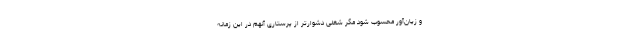
و زیان‌آور محسوب شود مگر شغلی دشوارتر از پرستاری آنهم در این زمانه